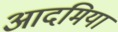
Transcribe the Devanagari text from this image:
आदमियां